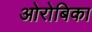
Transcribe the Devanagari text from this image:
ओरोबिका